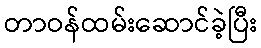
တာဝန်ထမ်းဆောင်ခဲ့ပြီး